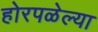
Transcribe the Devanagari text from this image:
होरपळेल्या